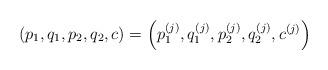
LaTeX: \begin{align*}( p_1, q_1, p_2, q_2, c)=\left(p_1^{(j)},q_1^{(j)}, p_2^{(j)}, q_2^{(j)}, c^{(j)}\right)\end{align*}